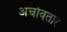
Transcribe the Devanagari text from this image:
अर्चावतार